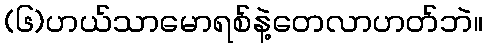
(၆)ဟယ်သာမောရစ်နဲ့တေလာဟတ်ဘဲ။